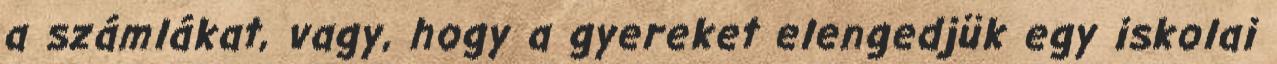
a számlákat, vagy, hogy a gyereket elengedjük egy iskolai